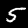
Label: 5